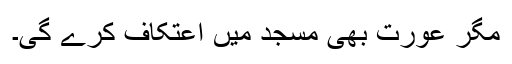
مگر عورت بھی مسجد میں اعتکاف کرے گی۔